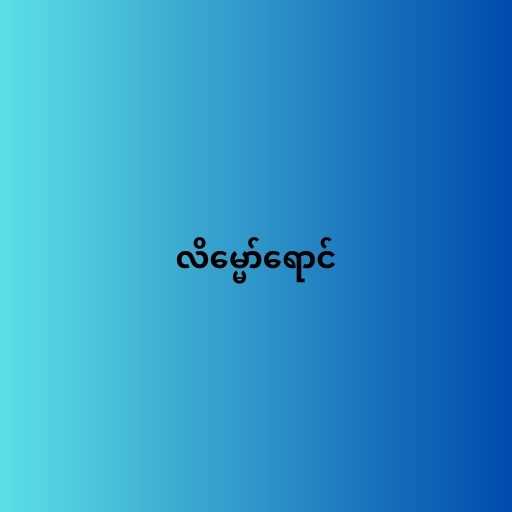
လိမ္မော်ရောင်